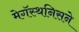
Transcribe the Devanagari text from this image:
मेगॅस्थनिसने